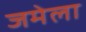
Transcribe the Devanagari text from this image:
जमेला